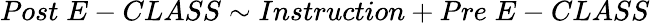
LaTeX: Post\; E-CLASS\sim Instruction+Pre\; E-CLASS